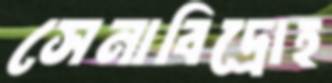
সেনাবিদ্রোহ